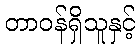
တာဝန်ရှိသူနှင့်